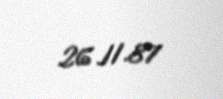
26.11.87